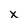
Character: x